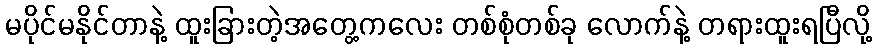
မပိုင်မနိုင်တာနဲ့ ထူးခြားတဲ့အတွေ့ကလေး တစ်စုံတစ်ခု လောက်နဲ့ တရားထူးရပြီလို့